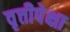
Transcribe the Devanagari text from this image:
वृत्तीपेक्षा